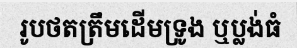
រូបថតត្រឹមដើមទ្រូង ឬប្លង់ធំ